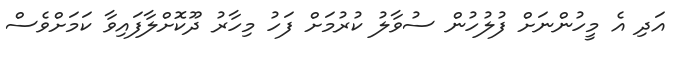
އަދި އެ މީހުންނަށް ފުލުހުން ސުވާލު ކުރުމަށް ފަހު މިހާރު ދޫކޮށްލާފައިވާ ކަމަށްވެސް